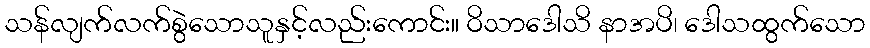
သန်လျက်လက်စွဲသောသူနှင့်လည်းကောင်း။ ဝိသာဒေါသိ နာအပိ၊ ဒေါသထွက်သော